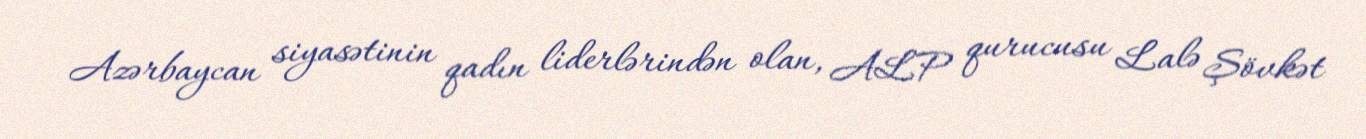
Azərbaycan siyasətinin qadın liderlərindən olan, ALP qurucusu Lalə Şövkət